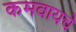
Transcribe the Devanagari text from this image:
कमवायचे